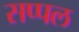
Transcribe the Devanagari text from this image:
सप्पल